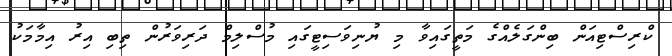
ކްރިސްޓިއަން ބިންގަލެއްގެ މަތީގައިވާ މި ޔުނިވަސިޓީގައި މުސްލިމް ދަރިވަރުން ތިބި އިރު އިމާމަކު